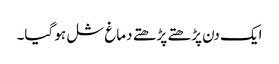
ایک دن پڑھتے پڑھتے دماغ شل ہو گیا۔